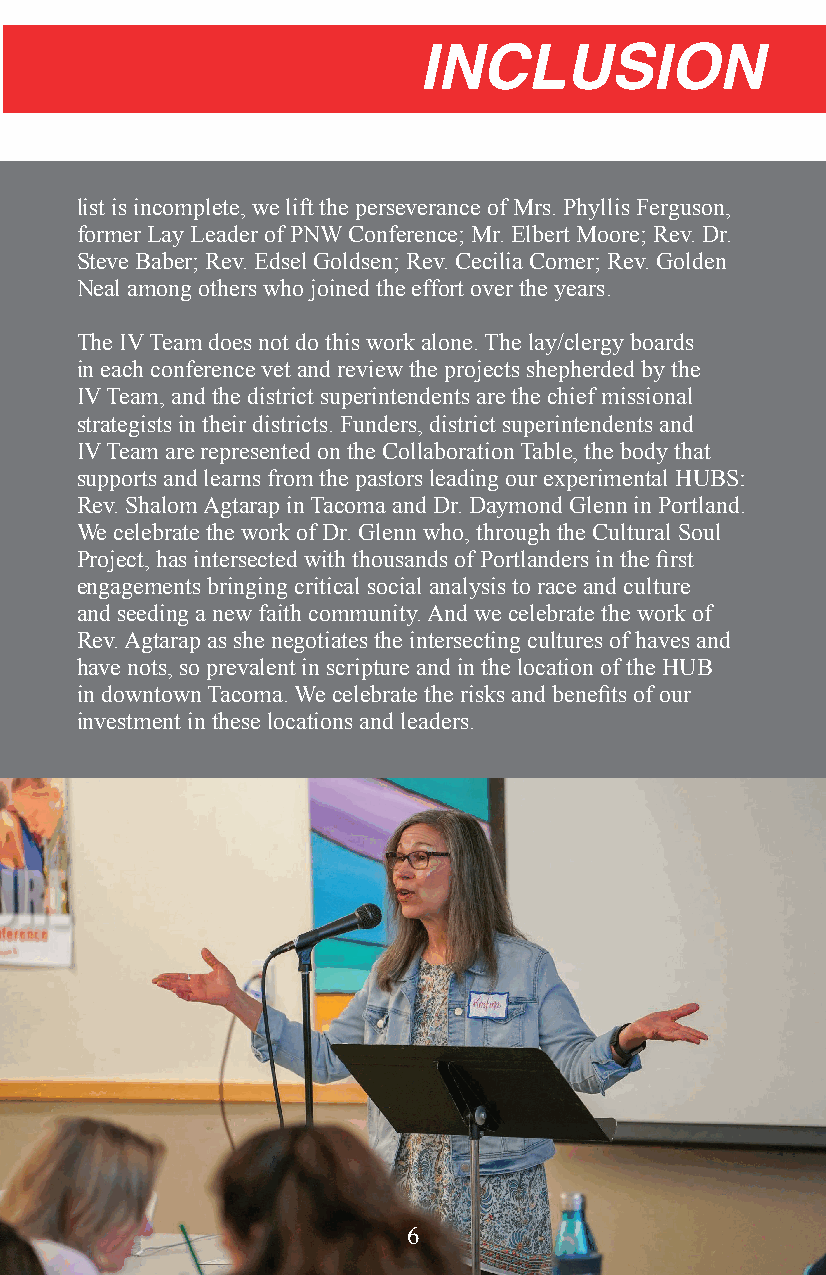
INCLUSION
 list is incomplete, we lift the perseverance of Mrs. Phyllis Ferguson,
 former Lay Leader of PNW Conference; Mr. Elbert Moore; Rev. Dr.
 Steve Baber; Rev. Edsel Goldsen; Rev. Cecilia Comer; Rev. Golden
 Neal among others who joined the effort over the years.
 The IV Team does not do this work alone. The lay/clergy boards
 in each conference vet and review the projects shepherded by the
 IV Team, and the district superintendents are the chief missional
 strategists in their districts. Funders, district superintendents and
 IV Team are represented on the Collaboration Table, the body that
 supports and learns from the pastors leading our experimental HUBS:
 Rev. Shalom Agtarap in Tacoma and Dr. Daymond Glenn in Portland.
 We celebrate the work of Dr. Glenn who, through the Cultural Soul
 Project, has intersected with thousands of Portlanders in the first
 engagements bringing critical social analysis to race and culture
 and seeding a new faith community. And we celebrate the work of
 Rev. Agtarap as she negotiates the intersecting cultures of haves and
 have nots, so prevalent in scripture and in the location of the HUB
 in downtown Tacoma. We celebrate the risks and benefits of our
 investment in these locations and leaders.
 6